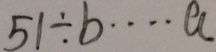
5 1 \div b = \cdots a